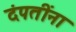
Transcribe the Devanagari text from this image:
दंपतींना